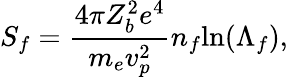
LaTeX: S_{f}=\frac{4\pi Z_{b}^{2}e^{4}}{m_{e}v_{p}^{2}}n_{f}\mathrm{ln}(\Lambda_{f}),